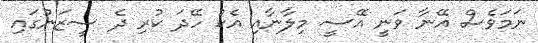
ނަމަވެސް އޭނާ ވަނީ އޭސީ މިލާނާއި އެކު ހޭދަ ކުރި ދެ ސީޒަނުގައި